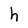
Character: h